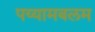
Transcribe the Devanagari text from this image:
पय्यामबलम